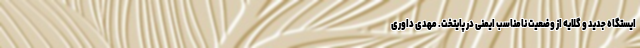
ایستگاه جدید و گلایه از وضعیت نامناسب ایمنی در پایتخت. مهدی داوری